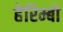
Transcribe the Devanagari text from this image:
हेरिम्बो